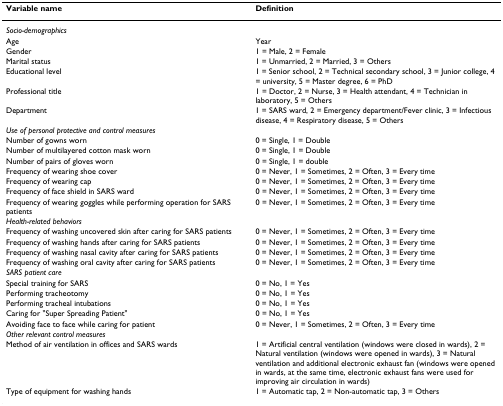
| Variable name | Definition |
 | --- | --- |
 | Socio-demographics |  |
 | Age | Year |
 | Gender | 1 = Male, 2 = Female |
 | Marital status | 1 = Unmarried, 2 = Married, 3 = Others |
 | Educational level | 1 = Senior school, 2 = Technical secondary school, 3 = Junior college, 4 = university, 5 = Master degree, 6 = PhD |
 | Professional title | 1 = Doctor, 2 = Nurse, 3 = Health attendant, 4 = Technician in laboratory, 5 = Others |
 | Department | 1 = SARS ward, 2 = Emergency department/Fever clinic, 3 = Infectious disease, 4 = Respiratory disease, 5 = Others |
 | Use of personal protective and control measures |  |
 | Number of gowns worn | 0 = Single, 1 = Double |
 | Number of multilayered cotton mask worn | 0 = Single, 1 = Double |
 | Number of pairs of gloves worn | 0 = Single, 1 = double |
 | Frequency of wearing shoe cover | 0 = Never, 1 = Sometimes, 2 = Often, 3 = Every time |
 | Frequency of wearing cap | 0 = Never, 1 = Sometimes, 2 = Often, 3 = Every time |
 | Frequency of face shield in SARS ward | 0 = Never, 1 = Sometimes, 2 = Often, 3 = Every time |
 | Frequency of wearing goggles while performing operation for SARS patients | 0 = Never, 1 = Sometimes, 2 = Often, 3 = Every time |
 | Health-related behaviors |  |
 | Frequency of washing uncovered skin after caring for SARS patients | 0 = Never, 1 = Sometimes, 2 = Often, 3 = Every time |
 | Frequency of washing hands after caring for SARS patients | 0 = Never, 1 = Sometimes, 2 = Often, 3 = Every time |
 | Frequency of washing nasal cavity after caring for SARS patients | 0 = Never, 1 = Sometimes, 2 = Often, 3 = Every time |
 | Frequency of washing oral cavity after caring for SARS patients | 0 = Never, 1 = Sometimes, 2 = Often, 3 = Every time |
 | SARS patient care |  |
 | Special training for SARS | 0 = No, 1 = Yes |
 | Performing tracheotomy | 0 = No, 1 = Yes |
 | Performing tracheal intubations | 0 = No, 1 = Yes |
 | Caring for "Super Spreading Patient" | 0 = No, 1 = Yes |
 | Avoiding face to face while caring for patient | 0 = Never, 1 = Sometimes, 2 = Often, 3 = Every time |
 | Other relevant control measures |  |
 | Method of air ventilation in offices and SARS wards | 1 = Artificial central ventilation (windows were closed in wards), 2 = Natural ventilation (windows were opened in wards), 3 = Natural ventilation and additional electronic exhaust fan (windows were opened in wards, at the same time, electronic exhaust fans were used for improving air circulation in wards) |
 | Type of equipment for washing hands | 1 = Automatic tap, 2 = Non-automatic tap, 3 = Others |